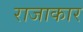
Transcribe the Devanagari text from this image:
राजाकार